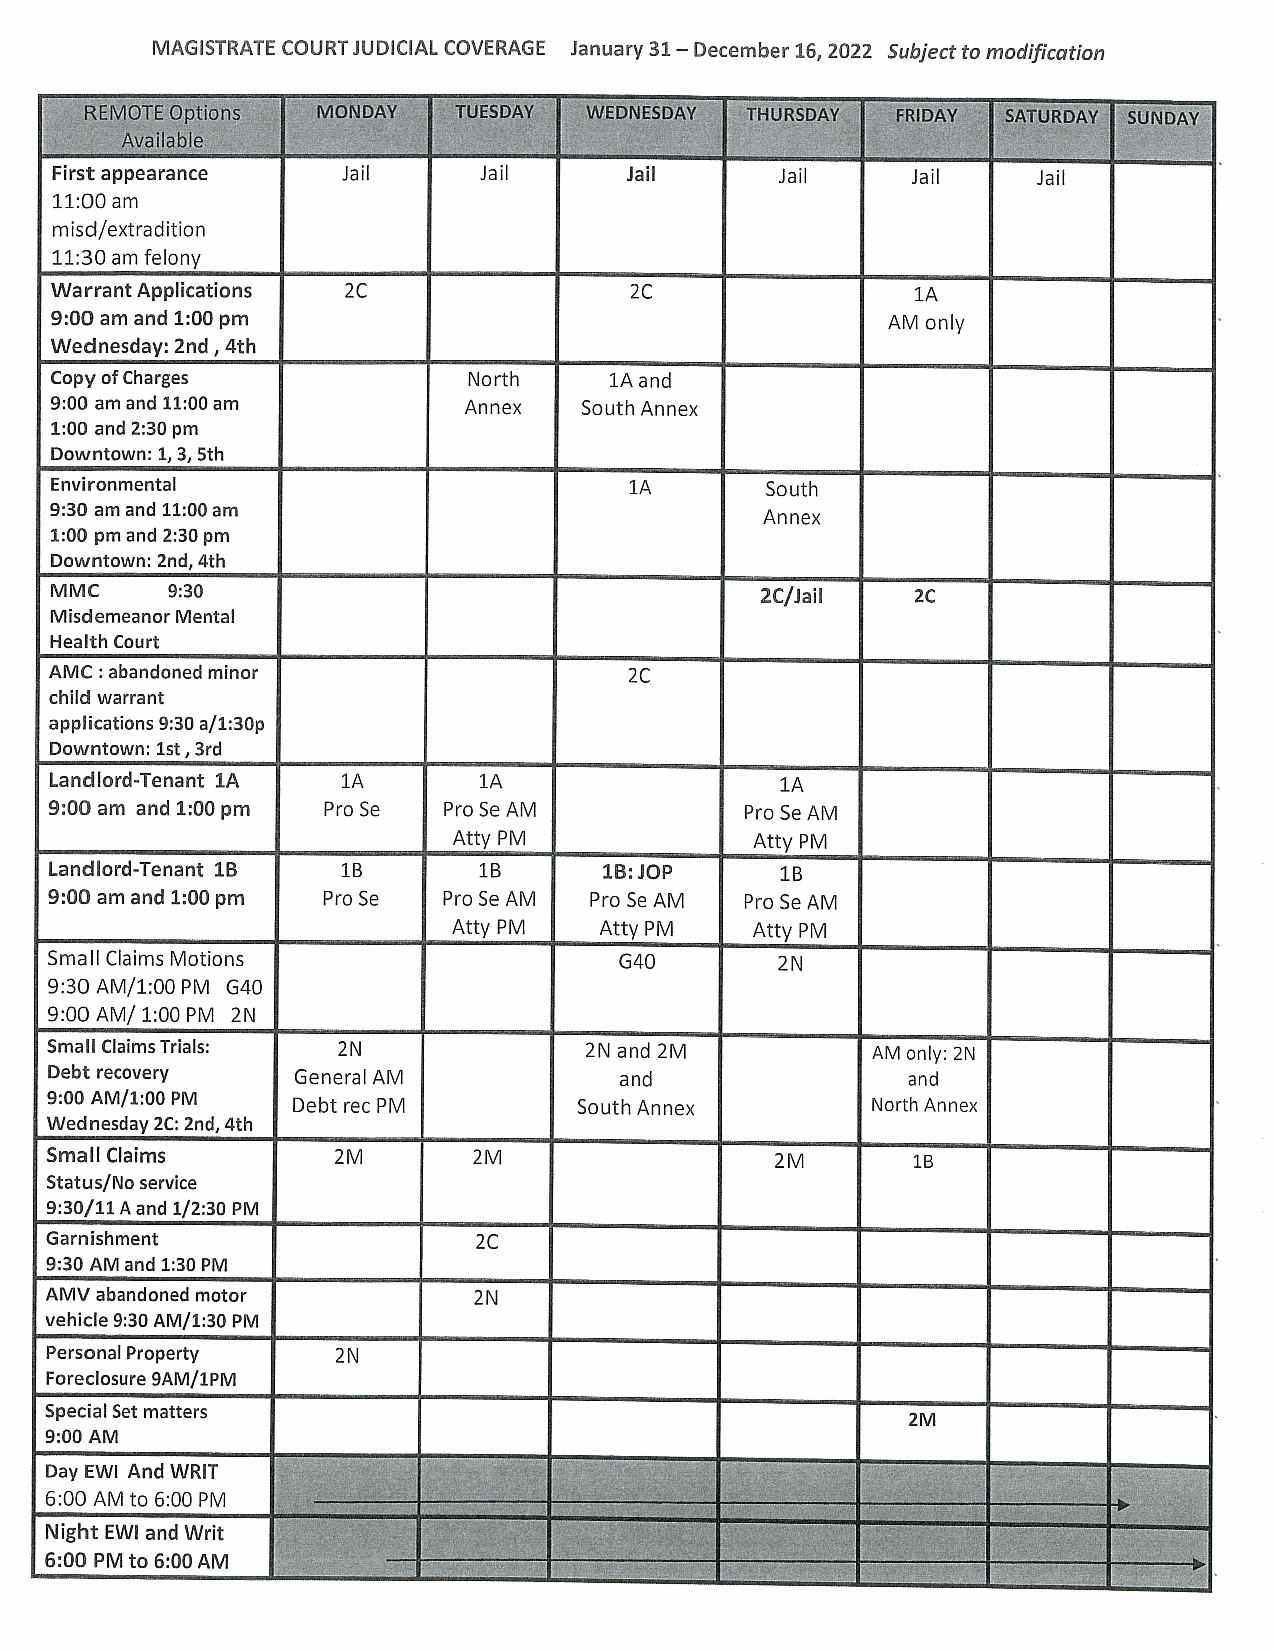
MAGISTRATE COURTJUDICIAL COVERAGE January 31-— December 16, 2022 Subjectto modification
 al
 First appearance
 11:00 am
 misd/extradition
 11:30 am felony
 WarrantApplications 2C                 2C                 1A
 9:00 am and 1:00 pm                                     AM only
 Wednesday:2nd, 4th
 CopyofCharges               North    1Aand
 9:00 amand 11:00am          Annex   South Annex
 1:00 and 2:30 pm
 Downtown:1, 3, 5th
 Environmental                          1A       South
 9:30 amand 11:00am
 Annex
 1:00 pmand 2:30pm
 Downtown: 2nd,4th
 MMC     9:30                                   2C/Jail    2c
 MisdemeanorMental
 HealthCourt
 AMC : abandoned minor                  2C
 child warrant
 applications9:30a/1:30p
 Downtown:Ist,3rd
 Landlord-Tenant 1A  1A       1A                  1A
 9:00 am and 1:00 pm Pro Se Pro Se AM          Pro Se AM
 Atty PM             Atty PM
 Landlord-Tenant 1B  1B       1B      1B:JOP      1B
 9:00 am and 1:00 pm Pro Se Pro Se AM Pro Se AM Pro Se AM
 Atty PM   Atty PM   Atty PM
 Small Claims Motions                  G40        2N
 9:30 AM/1:00 PM G40
 9:00 AM/ 1:00 PM 2N
 Small ClaimsTrials: 2N              2N and 2M          AM only: 2N
 Debt recovery    General AM           and                and
 9:00 AM/1:00 PM
 Debt rec PM        South Annex         North Annex
 Wednesday2C: 2nd,4th
 Small Claims       2M       2M                  2M        1B
 Status/Noservice
 9:30/11Aand 1/2:30 PM
 Garnishment                  2C
 9:30 AMand 1:30 PM
 AMVabandoned motor          2N
 vehicle9:30AM/1:30 PM
 Personal Property  2N
 Foreclosure 9AM/1PM
 Special Set matters
 9:00 AM
 Day EWI And WRIT
 6:00 AM to 6:00 PM
 Night EWI and Writ
 6:00 PM to 6:00AM